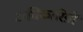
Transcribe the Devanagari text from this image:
अधिकारिय़ों